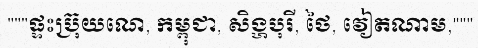
"""ផ្ទះប្រ៊ុយណេ, កម្ពុជា, សិង្ហបុរី, ថៃ, វៀតណាម,"""